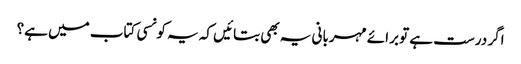
اگر درست ہے تو برائے مہربانی یہ بھی بتائیں کہ یہ کونسی کتاب میں ہے؟